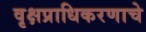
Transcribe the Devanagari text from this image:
वृक्षप्राधिकरणाचे